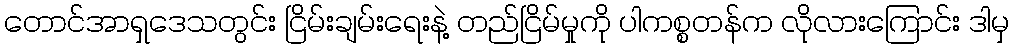
တောင်အာရှဒေသတွင်း ငြိမ်းချမ်းရေးနဲ့ တည်ငြိမ်မှုကို ပါကစ္စတန်က လိုလားကြောင်း ဒါမှ